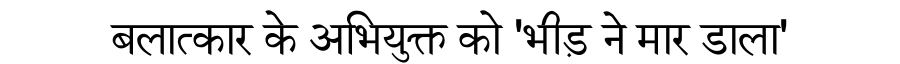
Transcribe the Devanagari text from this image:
बलात्कार के अभियुक्त को 'भीड़ ने मार डाला'